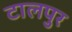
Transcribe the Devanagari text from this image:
टालपुर